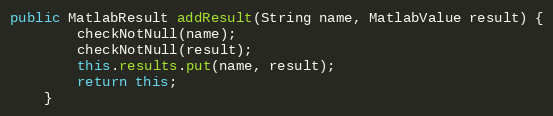
Language: Java
public MatlabResult addResult(String name, MatlabValue result) {
        checkNotNull(name);
        checkNotNull(result);
        this.results.put(name, result);
        return this;
    }